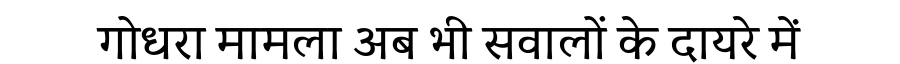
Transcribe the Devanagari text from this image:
गोधरा मामला अब भी सवालों के दायरे में